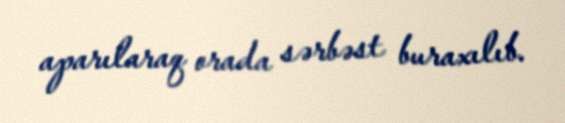
aparılaraq orada sərbəst buraxılıb.